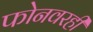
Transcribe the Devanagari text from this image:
फोनवरही